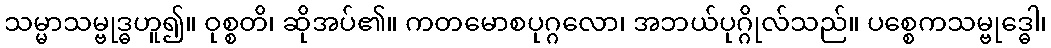
သမ္မာသမ္ဗုဒ္ဓဟူ၍။ ဝုစ္စတိ၊ ဆိုအပ်၏။ ကတမောစပုဂ္ဂလော၊ အဘယ်ပုဂ္ဂိုလ်သည်။ ပစ္စေကသမ္ဗုဒ္ဓေါ၊